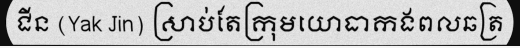
ជីន (Yak Jin) ស្រាប់តែក្រុមយោធាកងពលឆត្រ